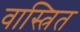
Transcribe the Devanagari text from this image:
वास्त्रित